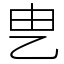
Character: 㐕